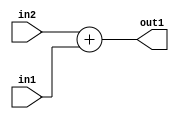
`timescale 1ps / 1ps
/*****************************************************************************
    Verilog RTL Description
    
    Generated at: 22:53:40 EST (-0500), Tuesday 17 November 2020
    Generated on: zhang-x1.ece.cornell.edu
    Generated by: jl3952 (Jie Liu)
    
    Created by: Stratus DpOpt 2017.1.02 
    Copyright (c) 2014-2015 Cadence Design Systems. All rights reserved worldwide.
    
    Cadence Design Systems proprietary and confidential
    ===================================================
    
    May contain information that incorporates Cadence Design Systems CellMath
    and other inventions claimed in Pending U.S. Patents.
    
    May contain Cadence Design Systems Trade Secrets of which use, disclosure or
    reproduction is contractually restricted or prohibited.  For more
    information, contact your legal department before any use, disclosure or
    reproduction.
*******************************************************************************/

module dut_Add_10Ux8U_11U_4 (
	in2,
	in1,
	out1
	); /* architecture "behavioural" */ 
input [9:0] in2;
input [7:0] in1;
output [10:0] out1;
wire [10:0] asc001;

assign asc001 = 
	+(in2)
	+(in1);

assign out1 = asc001;
endmodule

/* CADENCE  urn5Swg= : u9/ySgnYtBlWxVDRUQkU4ug= ** DO NOT EDIT THIS LINE ******/